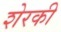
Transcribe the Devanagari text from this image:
शेरकी